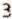
3